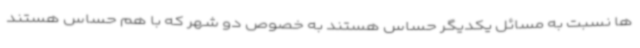
ها نسبت به مسائل یکدیگر حساس هستند به خصوص دو شهر که با هم حساس هستند